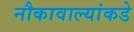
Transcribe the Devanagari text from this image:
नौकावाल्यांकडे